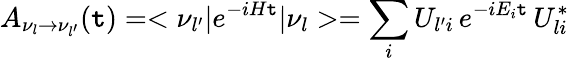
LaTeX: A_{\nu_{l}\to\nu_{l^{\prime}}}(\mathtt{t})=<\nu_{l^{\prime}}|e^{-iH\mathtt{t}}|\nu_{l}>=\sum_{i}U_{l^{\prime}i}\, e^{-iE_{i}\mathtt{t}}\, U_{li}^{*}